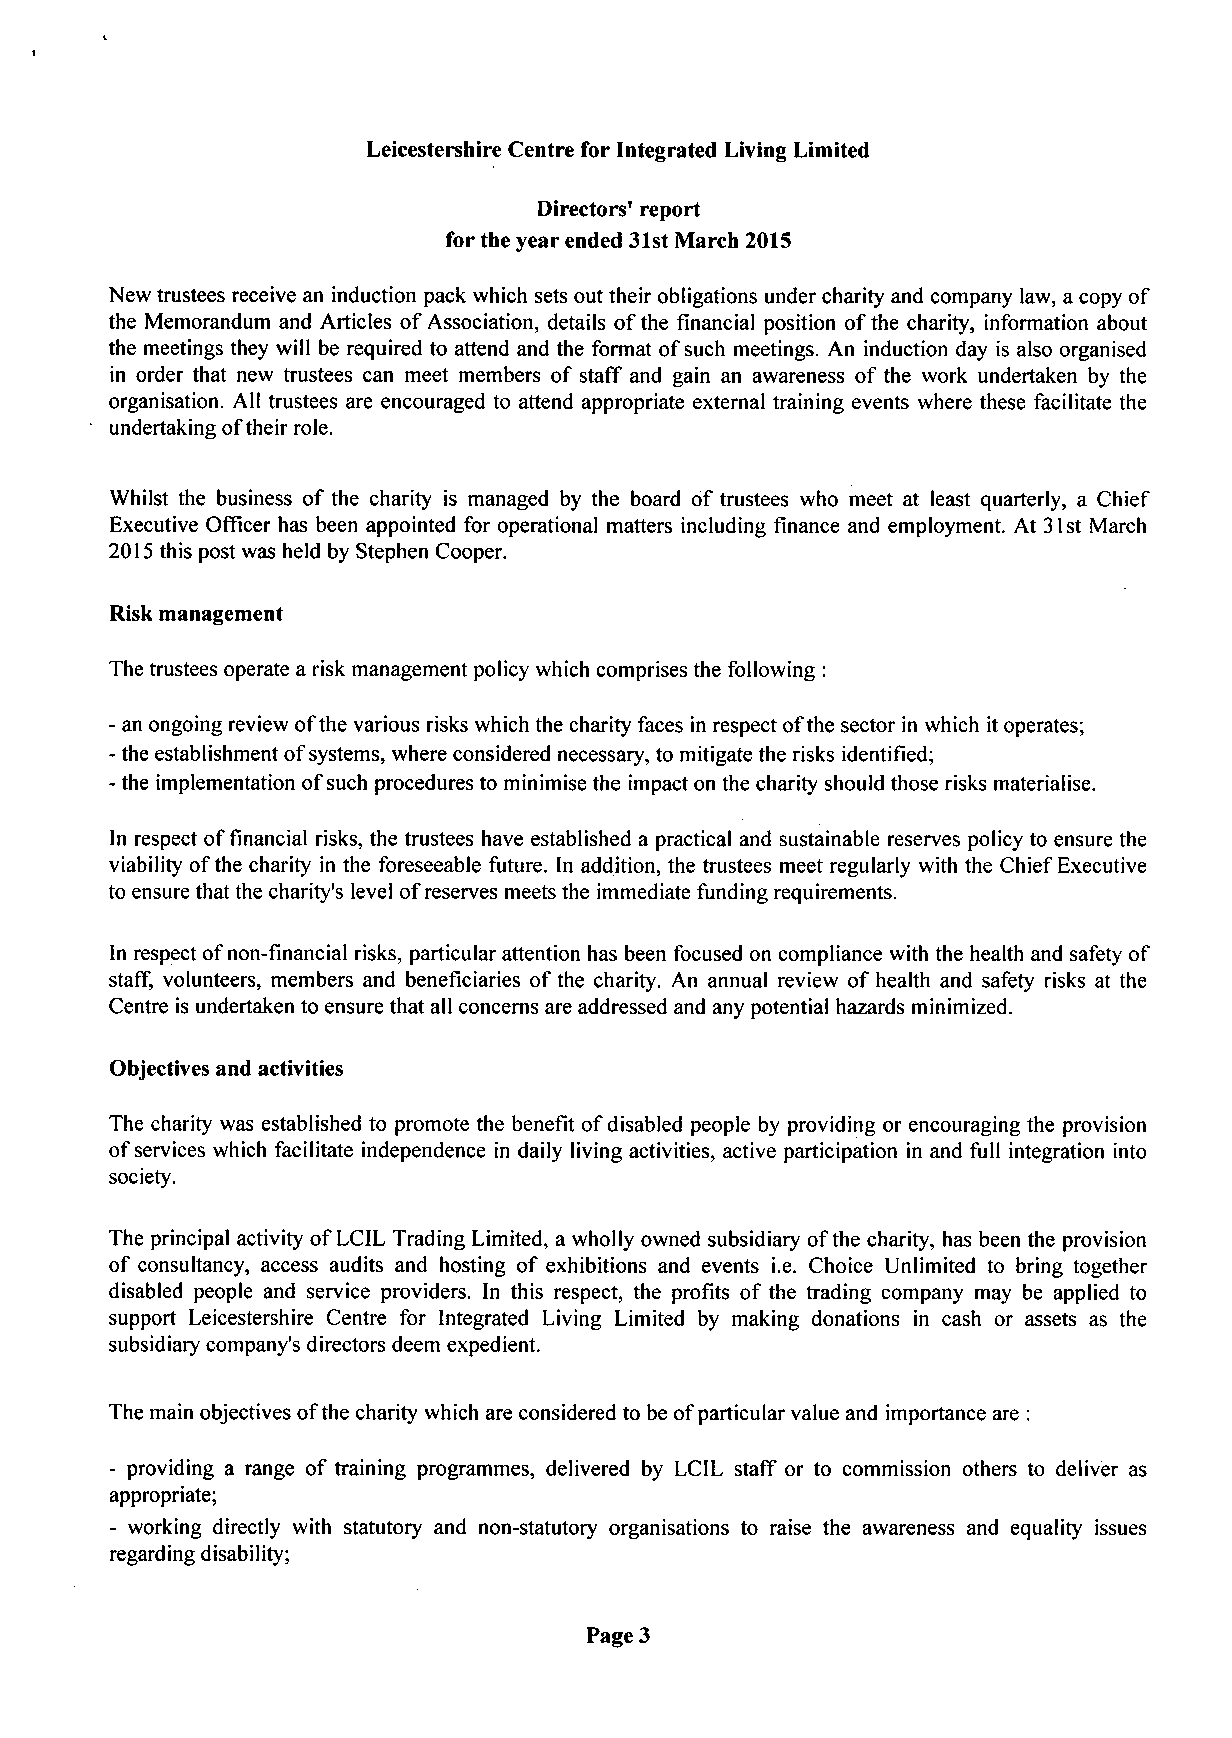
Leicestershire Centre for Integrated Living Limited
 Directors' report
 for the year ended 31st March 2015
 New trustees receive an induction pack which sets out their obligations under charity and company law, a copy of
 the Memorandum and Articles of Association, details of the financial position of the charity, information about
 the meetings they will be required to attend and the format of such meetings. An induction day is also organised
 in order that new trustees can meet members of staff and gain an awareness of the work undertaken by the
 organisation. All trustees are encouraged to attend appropriate external training events where these facilitate the
 undertaking of their role.
 Whilst the business of the charity is managed by the board of trustees who meet at least quarterly, a Chief
 Executive Officer has been appointed for operational matters including finance and employment. At 31st March
 2015 this post was held by Stephen Cooper.
 Risk management
 The trustees operate a risk management policy which comprises the following :
 - an ongoing review of the various risks which the charity faces in respect of the sector in which it operates;
 - the establishment of systems, where considered necessary, to mitigate the risks identified;
 - the implementation of such procedures to minimise the impact on the charity should those risks materialise.
 In respect of financial risks, the trustees have established a practical and sustainable reserves policy to ensure the
 viability of the charity in the foreseeable future. In addition, the trustees meet regularly with the Chief Executive
 to ensure that the charity's level of reserves meets the immediate funding requirements.
 In respect of non-financial risks, particular attention has been focused on compliance with the health and safety of
 staff, volunteers, members and beneficiaries of the charity. An annual review of health and safety risks at the
 Centre is undertaken to ensure that all concerns are addressed and any potential hazards minimized.
 Objectives and activities
 The charity was established to promote the benefit of disabled people by providing or encouraging the provision
 of services which facilitate independence in daily living activities, active participation in and full integration into
 society.
 The principal activity of LCIL Trading Limited, a wholly owned subsidiary of the charity, has been the provision
 of consultancy, access audits and hosting of exhibitions and events i.e. Choice Unlimited to bring together
 disabled people and service providers. In this respect, the profits of the trading company may be applied to
 support Leicestershire Centre for Integrated Living Limited by making donations in cash or assets as the
 subsidiary company's directors deem expedient.
 The main objectives of the charity which are considered to be of particular value and importance are :
 - providing a range of training programmes, delivered by LCIL staff or to commission others to deliver as
 appropriate;
 - working directly with statutory and non-statutory organisations to raise the awareness and equality issues
 regarding disability;
 Page 3